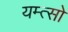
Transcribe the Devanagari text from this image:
यम्त्सो